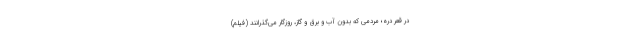
در قعر دره؛ مردمی که بدون آب و برق و گاز، روزگار می‌گذرانند (فیلم)